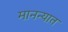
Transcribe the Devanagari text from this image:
मानन्यात